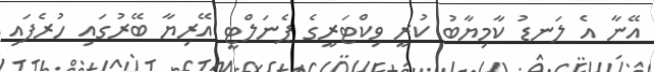
އޭނާ އެ ލަނޑު ކާމިޔާބު ކުރީ ވިކްޓަރީގެ ޕެނަލްޓީ އޭރިޔާ ބޭރުގައި ހުރެފައި